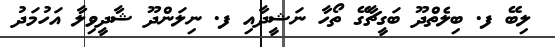
ލިބޭ ފ. ބިލެތްދޫ ބަގީޗާގޭ ތޯހާ ނަޝީދާއި ފ. ނިލަންދޫ ޝާދީވިލާ އަހުމަދު